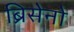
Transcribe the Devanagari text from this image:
ब्रिसेनो